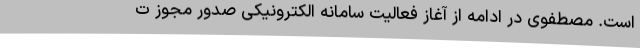
است. مصطفوی در ادامه از آغاز فعالیت سامانه الکترونیکی صدور مجوز ت